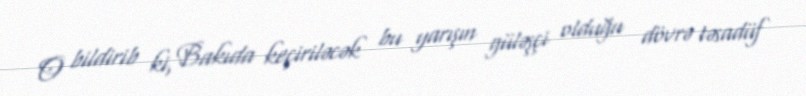
O bildirib ki, Bakıda keçiriləcək bu yarışın güləşçi olduğu dövrə təsadüf